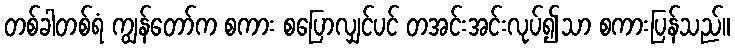
တစ်ခါတစ်ရံ ကျွန်တော်က စကား စပြောလျှင်ပင် တအင်းအင်းလုပ်၍သာ စကားပြန်သည်။